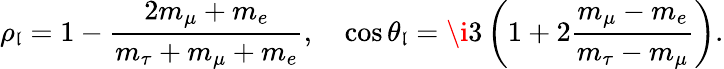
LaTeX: \rho_{\mathfrak{l}}=1-{\frac{{2m_{\mu}+m_{e}}}{{m_{\tau}+m_{\mu}+m_{e}}}},\quad\cos\theta_{\mathfrak{l}}=\i3\left(1+2{\frac{{m_{\mu}-m_{e}}}{{m_{\tau}-m_{\mu}}}}\right).